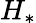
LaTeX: H_{\ast}